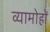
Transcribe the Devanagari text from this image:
व्यामोहों